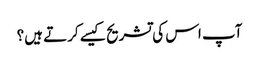
آپ اس کی تشریح کیسے کرتے ہیں؟